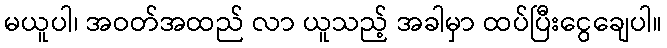
မယူပါ၊ အဝတ်အထည် လာ ယူသည့် အခါမှာ ထပ်ပြီးငွေချေပါ။